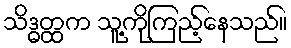
သိဒ္ဓတ္ထက သူ့ကိုကြည့်နေသည်။